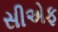
સીએફ